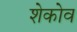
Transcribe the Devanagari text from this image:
शेकोव